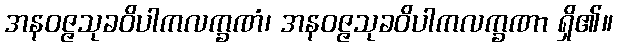
အနဝဇ္ဇသုခဝိပါကလက္ခဏံ၊ အနဝဇ္ဇသုခဝိပါကလက္ခဏာ ရှိ၏။